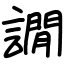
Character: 譋